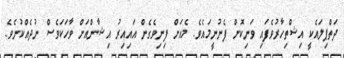
ދަތްޕިލައެކީ އިޝްތިހާރުވެފައި ވަނިކޮށް ފެނުނީމައެވެ. މެއަށް ފިނިވެގެން އައިއިރު އިޝާންއަށް ވާހަކަވެސް ނުދެއްކުނެވެ.